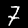
Label: 7